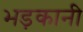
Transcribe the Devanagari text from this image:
भड़कानी